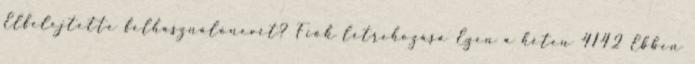
Elfelejtette felhasználónevét? Fiók létrehozása Ezen a héten 4142 Ebben